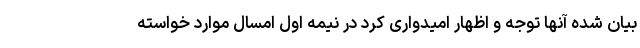
بیان شده آنها توجه و اظهار امیدواری کرد در نیمه اول امسال موارد خواسته